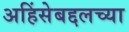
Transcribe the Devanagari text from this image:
अहिंसेबद्दलच्या